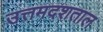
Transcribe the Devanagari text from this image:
उत्तमदशताल